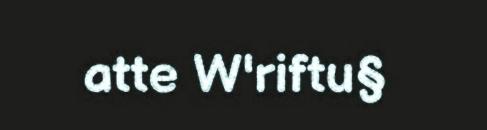
atte W'riftu§